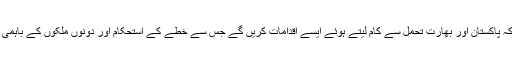
چین نے بھی اس توقع کا اظہار کیا ہے کہ پاکستان اور بھارت تحمل سے کام لیتے ہوئے ایسے اقدامات کریں گے جس سے خطے کے استحکام اور دونوں ملکوں کے باہمی تعلقات کو بہتر کرنے میں مدد ملے گی۔